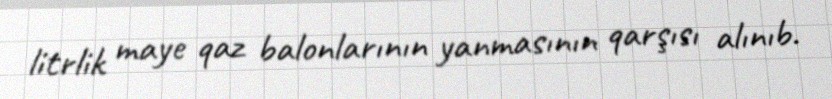
litrlik maye qaz balonlarının yanmasının qarşısı alınıb.